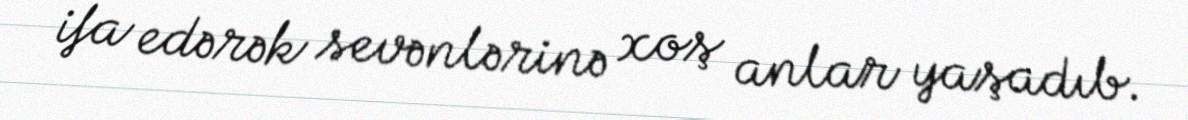
ifa edərək sevənlərinə xoş anlar yaşadıb.